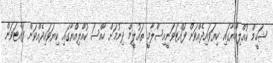
ޝަހީމް ކުއްލިއްޔާގައި ކިޔަވައިދެއްވަން ފައްޓަވަނީއިސްލާމީ ތައުލީމް ދިނުމަށް ހާއްސަ ކުއްލިއްޔާގައި ކިޔަވައިދެއްވަން ފައްޓަވަން